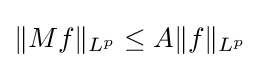
\|Mf\|_{L^{p}}\leq A\|f\|_{L^{p}}